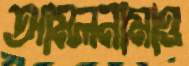
আমলনামাও